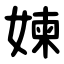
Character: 媡